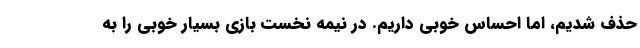
حذف شدیم، اما احساس خوبی داریم. در نیمه نخست بازی بسیار خوبی را به